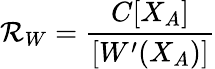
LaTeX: {\cal R}_{W}=\frac{C[X_{A}]}{[W^{\prime}(X_{A})]}